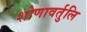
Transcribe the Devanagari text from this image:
शोणावर्तुलि